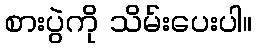
စားပွဲကို သိမ်းပေးပါ။